Civil Veterinary Dept. North-West Frontier Province 1923-32 - 1923-1932
Year: 1923
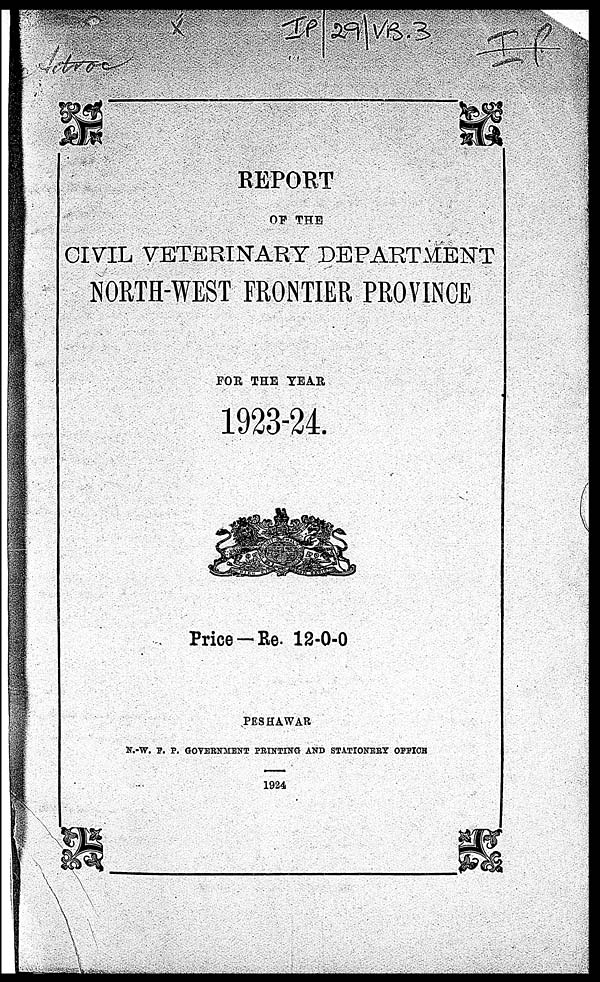
REPORT
OF THE
CIVIL VETERINARY DEPARTMENT
NORTH-WEST FRONTIER PROVINCE
FOR THE TEAR
1923-24.
Price —Rs. 12-0-0
PESHAWAR
N.-W. F. P. GOVERNMENT PRINTING AND STATIONERY OFFICE
1924